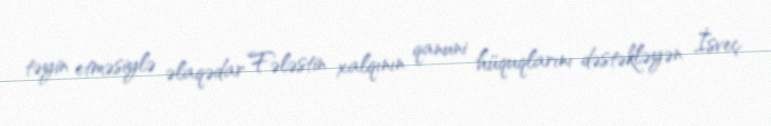
təyin etməsiylə əlaqədar Fələstin xalqının qanuni hüquqlarını dəstəkləyən İsveç